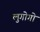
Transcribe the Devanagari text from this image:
लुगोगो